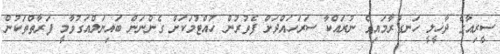
ސީރިއާގެ ދާޚީލީ ހަނގުރާމައިގެ ނުރައްކާ ސަރަހައްދަށް ފެތުރުން ހުއްޓުމަކަށް ގެންނަން ބައިނަލްއަގުވާމީ ފަރާތްތަކުން